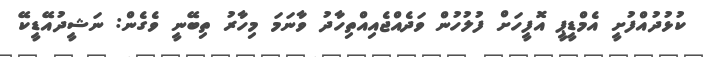
ކުޅުދުއްފުށީ އެމްޑީޕީ އޮފީހަށް ފުލުހުން ވަދެއްޖެއިއްތިހާދު ވާނަމަ މިހާރު ތިބޭނީ ވެގެން: ނަޝީދުއޭޑީކޭ